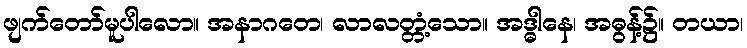
ဖျက်တော်မူပါလော။ အနာဂတေ၊ လာလတ္တံ့သော။ အဒ္ဓါနေ၊ အဓွန့်၌။ တယာ၊